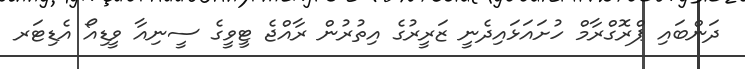
ދަންބައި ޕްރޮގްރާމް ހުށައަޅައިދެނީ ޒަރީރުގެ އިތުރުން ރާއްޖެ ޓީވީގެ ސީނިއާ ވީޑިއޯ އެޑިޓަރ